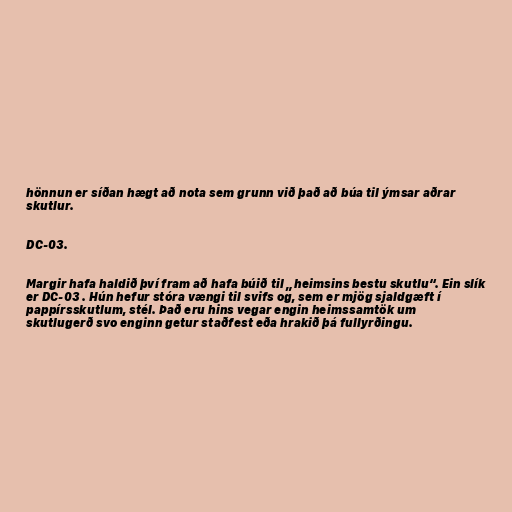
hönnun er síðan hægt að nota sem grunn við það að búa til ýmsar aðrar
skutlur.

DC-03.

Margir hafa haldið því fram að hafa búið til „heimsins bestu skutlu“. Ein slík
er DC-03 . Hún hefur stóra vængi til svifs og, sem er mjög sjaldgæft í
pappírsskutlum, stél. Það eru hins vegar engin heimssamtök um
skutlugerð svo enginn getur staðfest eða hrakið þá fullyrðingu.